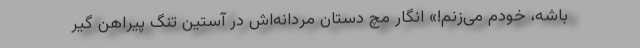
باشه، خودم می‌زنم!» انگار مچ دستان مردانه‌اش در آستین تنگ پیراهن گیر